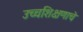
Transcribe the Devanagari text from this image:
उच्चशिक्षणाचे